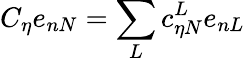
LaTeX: C_{\eta}e_{nN}=\sum_{L}c_{\eta N}^{L}e_{nL}